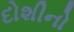
દોશીનો